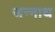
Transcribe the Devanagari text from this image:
जन्नाथ